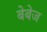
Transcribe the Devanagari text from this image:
बेबेज